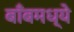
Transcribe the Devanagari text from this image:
बाँबमध्ये